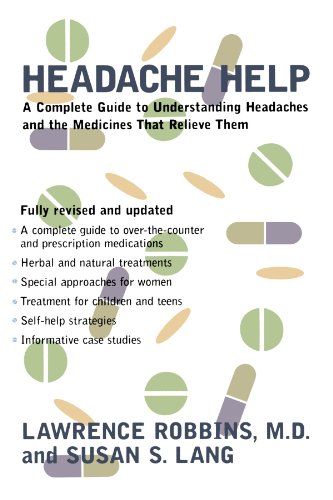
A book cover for Headache Help: A Complete Guide to Understanding Headaches and the Medications That Relieve Them- Fully Revised and Updated; Lawrence Robbins M.D.; Health, Fitness & Dieting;